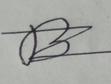
Signature authenticity: forged